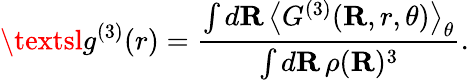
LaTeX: {\textsl{g}^{(3)}}(r)=\frac{\int d\mathbf{R}\, \left\langle{G^{(3)}}(\mathbf{R},r,\theta)\right\rangle_{\theta}}{\int d\mathbf{R}\, \rho(\mathbf{R})^{3}}.